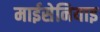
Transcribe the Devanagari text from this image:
माईसेनियाइ